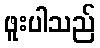
ဖူးပါသည်